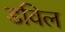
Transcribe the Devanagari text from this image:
डविल